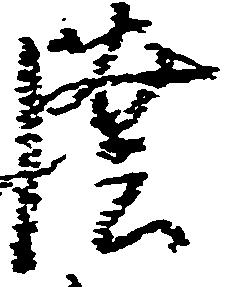
陸